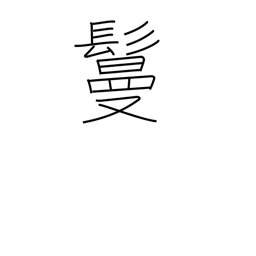
Meaning: hair piece